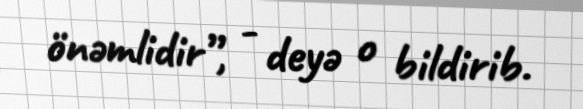
önəmlidir”, - deyə o bildirib.